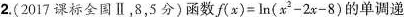
2.(2017课标全国Ⅱ，8，5分)函数$$f ( x ) = l n ( x ^ { 2 } - 2 x - 8 )$$的单调递